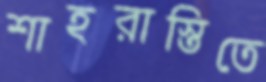
শাহরাস্তিতে